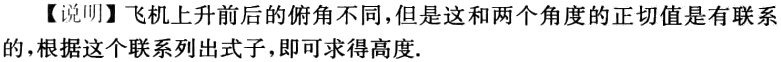
【说明】飞机上升前后的俯角不同，但是这和两个角度的正切值是有联系的，根据这个联系列出式子，即可求得高度.